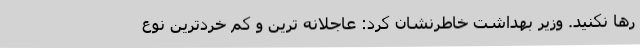
رها نکنید. وزیر بهداشت خاطرنشان کرد: عاجلانه ترین و کم خردترین نوع